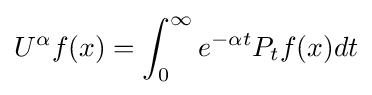
U^{\alpha }f(x)=\int _{0}^{\infty }e^{-\alpha t}P_{t}f(x)dt